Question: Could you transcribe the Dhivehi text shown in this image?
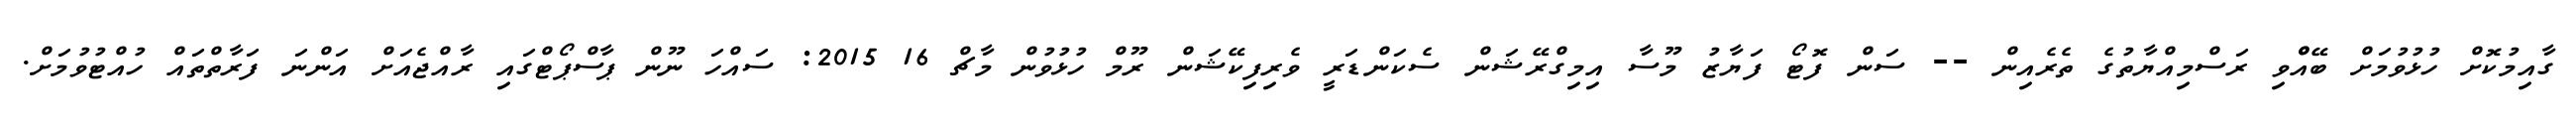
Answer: ގާއިމުކޮށް ހުޅުވުމަށް ބޭއްްވި ރަސްމިއްޔާތުގެ ތެރެއިން -- ސަން ފޮޓޯ ފަޔާޒު މޫސާ އިމިގްރޭޝަން ސެކަންޑަރީ ވެރިފިކޭޝަން ރޫމް ހުޅުވުން މާޗް 16 2015: ސައްހަ ނޫން ޕާސްޕޯޓްގައި ރާއްޖެއަށް އަންނަ ފަރާތްތައް ހުއްޓުވުމަށް.